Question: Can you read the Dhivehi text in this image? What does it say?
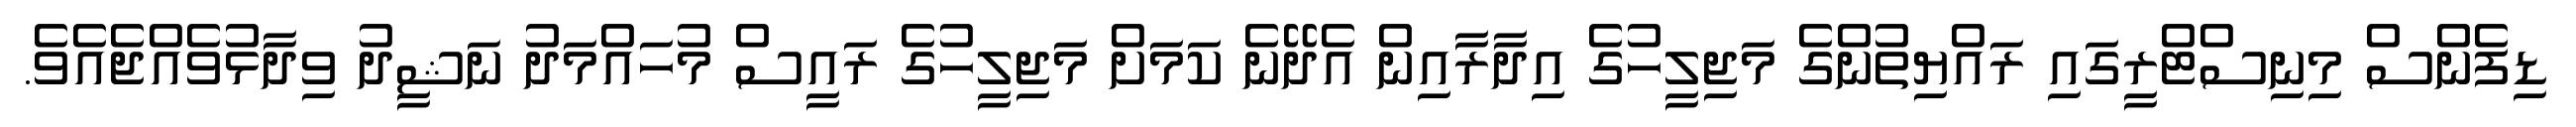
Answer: ޑިފެންސް މިނިސްޓްރީގައި ރައްޔިތުންގެ މަޖިލީހުގެ އިދާރާއިން އެދޭނެ ކަމަށް މަޖިލީހުގެ ރައީސް މުހައްމަދު ނަޝީދު ވިދާޅުވެއްޖެއެވެ.